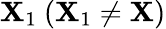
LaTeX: \mathbf{X}_{1}~(\mathbf{X}_{1}\neq\mathbf{X})